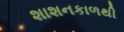
શાશનકાળથી